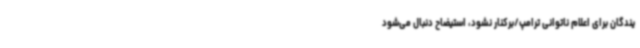
یندگان برای اعلام ناتوانی ترامپ/برکنار نشود، استیضاح دنبال می‌شود